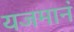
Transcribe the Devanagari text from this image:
यजमानं